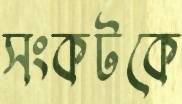
সংকটকে